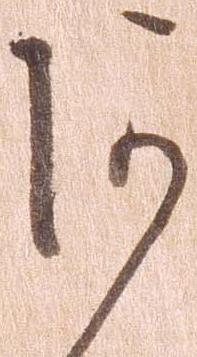
阿